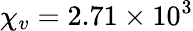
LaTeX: \chi_{v}=2.71\times 10^{3}